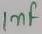
Text: 1nF